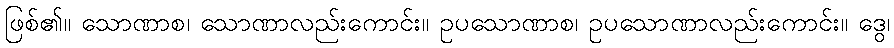
ဖြစ်၏။ သောဏာစ၊ သောဏာလည်းကောင်း။ ဥပသောဏာစ၊ ဥပသောဏာလည်းကောင်း။ ဒွေ၊